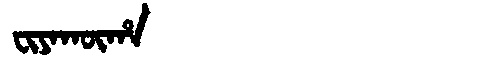
Manchu: ᠸᡳᠶᠠᡴᡡᡥᠠ
Romanization: FIYAKŪHA